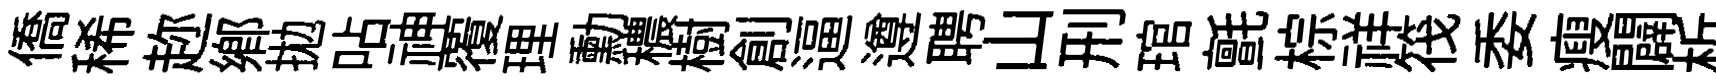
僑稀趂鄉拋呫神覆理勳穠樹創逼遵聘山刑琯氈棕祥筏委瘦闢析